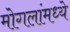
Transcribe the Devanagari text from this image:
मोगलांमध्ये